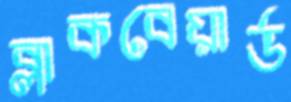
ব্লাকবেয়ার্ড